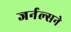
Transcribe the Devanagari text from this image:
जर्नल्सने